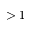
> 1